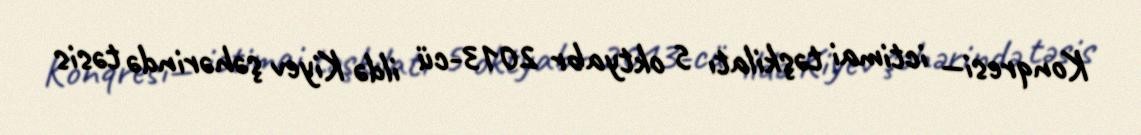
Konqresi— ictimai təşkilatı 5 oktyabr 2013-cü ildə Kiyev şəhərində təsis